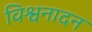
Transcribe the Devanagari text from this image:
विश्वनादन